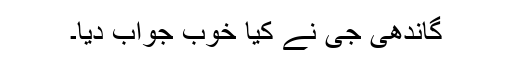
گاندھی جی نے کیا خوب جواب دیا۔